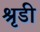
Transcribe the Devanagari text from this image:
श्रृडी